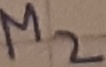
Text: M2